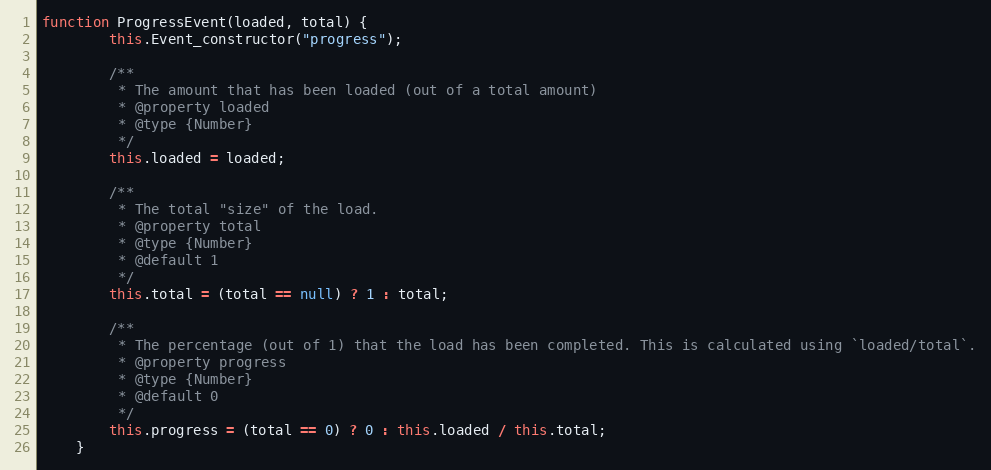
Language: JavaScript
function ProgressEvent(loaded, total) {
		this.Event_constructor("progress");

		/**
		 * The amount that has been loaded (out of a total amount)
		 * @property loaded
		 * @type {Number}
		 */
		this.loaded = loaded;

		/**
		 * The total "size" of the load.
		 * @property total
		 * @type {Number}
		 * @default 1
		 */
		this.total = (total == null) ? 1 : total;

		/**
		 * The percentage (out of 1) that the load has been completed. This is calculated using `loaded/total`.
		 * @property progress
		 * @type {Number}
		 * @default 0
		 */
		this.progress = (total == 0) ? 0 : this.loaded / this.total;
	}